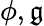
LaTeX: \phi,\mathfrak{g}